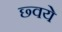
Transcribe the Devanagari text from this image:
छ्वये